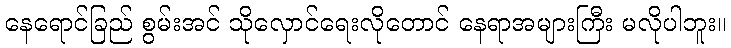
နေရောင်ခြည် စွမ်းအင် သိုလှောင်ရေးလိုတောင် နေရာအများကြီး မလိုပါဘူး။